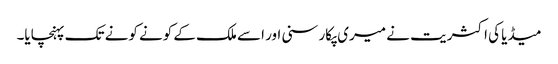
میڈیا کی اکثریت نے میری پکار سنی اور اسے ملک کے کونے کونے تک پہنچایا۔